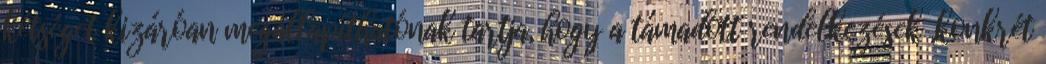
kétséget kizáróan megállapíthatónak tartja, hogy a támadott rendelkezések „konkrét